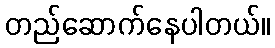
တည်ဆောက်နေပါတယ်။